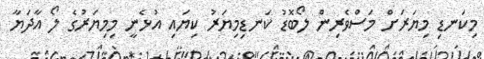
މިކަނޑި މިޔަރަށް މަސްވެރިން ލޯބޮޑު ކަނޑިމިޔަރު ކިޔައި އުޅެނީ މިމިޔަރުގެ ލޯ އާދަޔާ